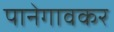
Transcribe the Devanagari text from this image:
पानेगावकर